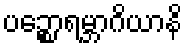
ပဉ္စောရမ္ဘာဂိယာနိ